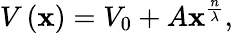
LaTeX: V\left(\mathbf{x}\right)=V_{0}+A\mathbf{x}^{\frac{{n}}{{\lambda}}},